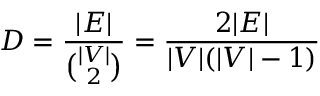
D = { \frac { | E | } { \binom { | V | } { 2 } } } = { \frac { 2 | E | } { | V | ( | V | - 1 ) } }